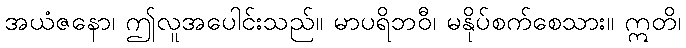
အယံဇနော၊ ဤလူအပေါင်းသည်။ မာပရိဘဝီ၊ မနိုပ်စက်စေသား။ ဣတိ၊